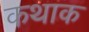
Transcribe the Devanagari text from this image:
कथाक